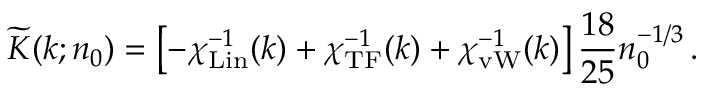
\widetilde K ( k ; n _ { 0 } ) = \left[ - \chi _ { \mathrm { L i n } } ^ { - 1 } ( k ) + \chi _ { \mathrm { T F } } ^ { - 1 } ( k ) + \chi _ { \mathrm { v W } } ^ { - 1 } ( k ) \right] \frac { 1 8 } { 2 5 } n _ { 0 } ^ { - 1 / 3 } \, .